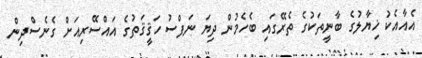
އެއާއެކު ޚިޔާލުގެ ބާނީތަކުގެ ތެރޭގައި ބެހެމުން ދިޔަ ނަފްސު ހަޤީޤަތުގެ އައްސޭރިއަށް ގެނެސްދިން